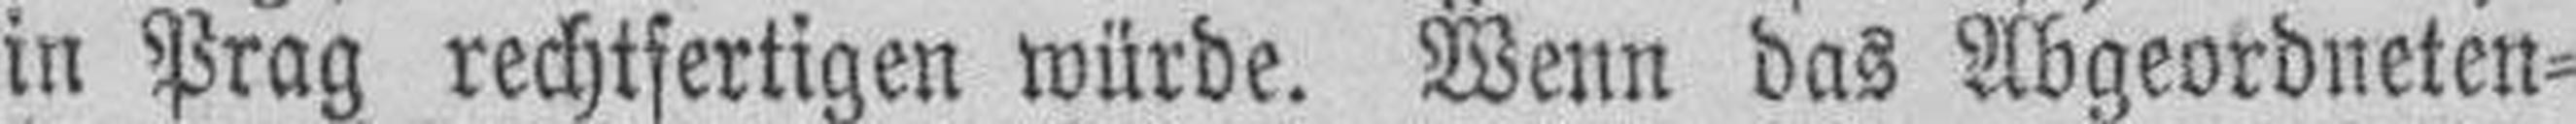
in Prag rechtfertigen würde. Wenn das Abgeordneten¬